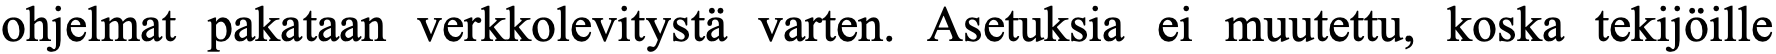
ohjelmat pakataan verkkolevitystä varten. Asetuksia ei muutettu, koska tekijöille